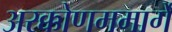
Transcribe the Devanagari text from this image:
अरक्कोणममार्गे